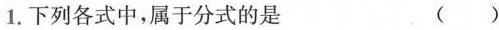
1.下列各式中，属于分式的是()